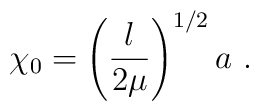
\chi_0 = \left(\frac{\l}{2\mu}\right)^{1/2}a ~.